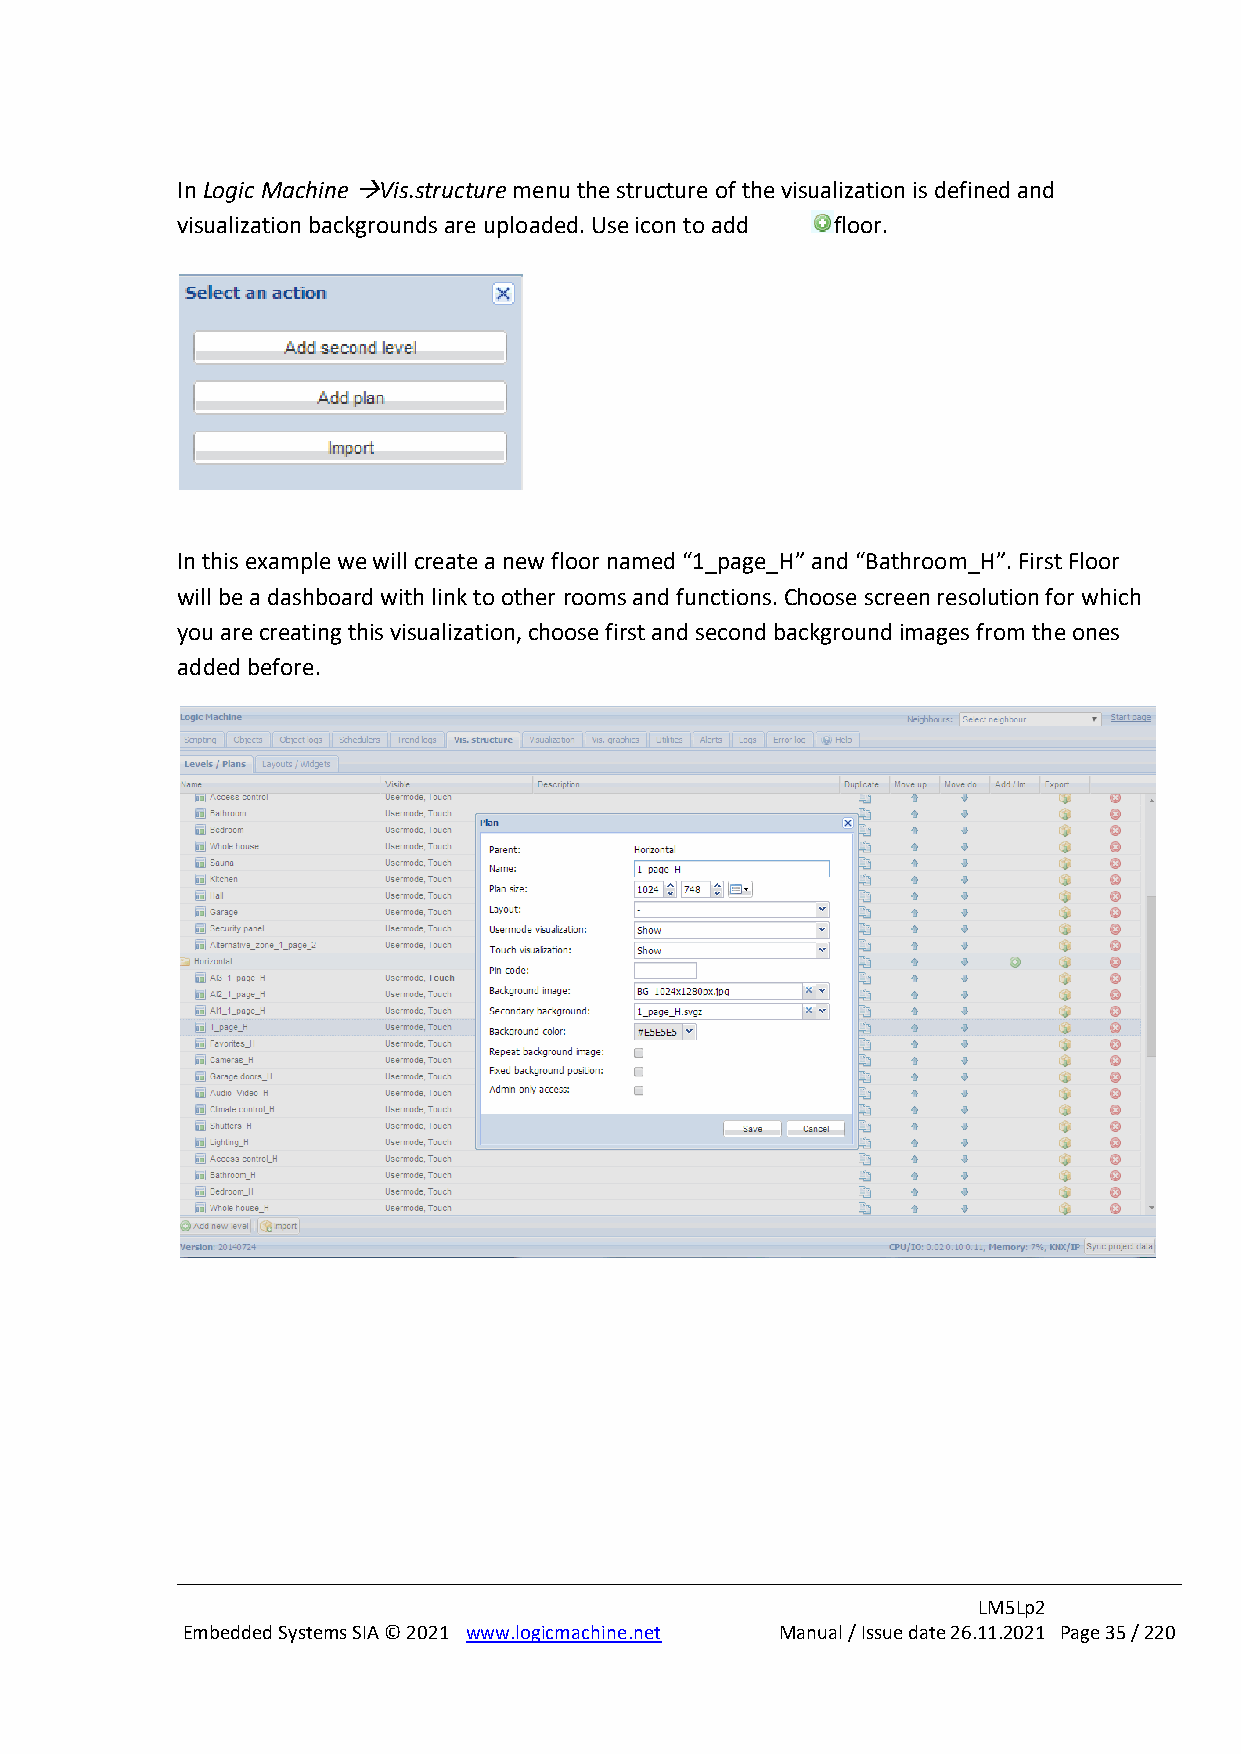
In Logic Machine →Vis.structure menu the structure of the visualization is defined and
 visualization backgrounds are uploaded. Use icon to add floor.
 In this example we will create a new floor named “1_page_H” and “Bathroom_H”. First Floor
 will be a dashboard with link to other rooms and functions. Choose screen resolution for which
 you are creating this visualization, choose first and second background images from the ones
 added before.
 LM5Lp2
 Embedded Systems SIA © 2021 www.logicmachine.net Manual / Issue date 26.11.2021 Page 35 / 220